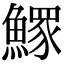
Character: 𩻄